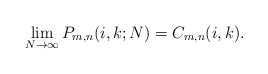
\begin{align*}\lim_{N\rightarrow \infty} P_{m,n}(i,k;N)=C_{m,n}(i,k).\end{align*}